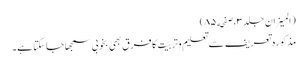
(المیزان جلد٣،صفحه ٨٥)
مذکورہ تعریف سے تعلیم وتربیّت کا فرق بھی بخوبی سمجھاجاسکتا ہے۔